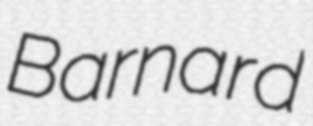
Barnard